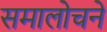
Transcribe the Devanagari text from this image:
समालोचने